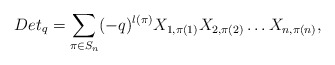
\begin{align*}Det_q = \sum_{\pi \in S_n}(-q)^{l(\pi)}X_{1,\pi(1)}X_{2,\pi(2)}\dots X_{n,\pi(n)},\end{align*}